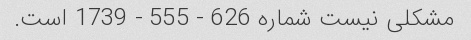
مشکلی نیست شماره 626 - 555 - 1739 است.